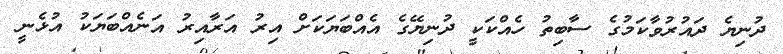
ދުނިޔެ ދައުރުވާކަމުގެ ސާބިތު ހެއްކަކީ ދުނިޔޭގެ އެއްބަޔަކަށް އިރު އަރާއިރު އަނެއްބަޔަކު އުޅެނީ